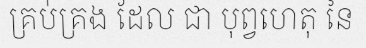
គ្រប់គ្រង ដែល ជា បុព្វហេតុ នៃ